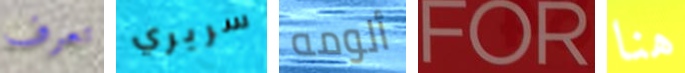
تعرف سريري ألومه FOR هنا